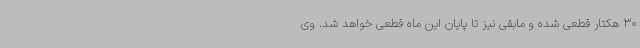
30 هکتار قطعی شده و مابقی نیز تا پایان این ماه قطعی خواهد شد. وی